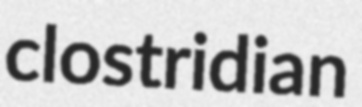
clostridian